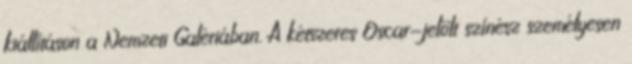
kiállításon a Nemzeti Galériában. A kétszeres Oscar-jelölt színész személyesen